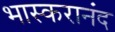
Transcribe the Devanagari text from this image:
भास्करानंद